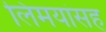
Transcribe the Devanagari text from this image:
लिमयांसह